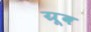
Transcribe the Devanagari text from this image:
ग्रूब